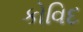
કોવિદ